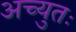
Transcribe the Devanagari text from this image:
अच्युतः